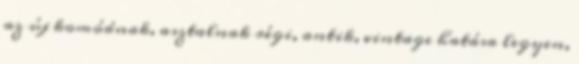
az új komódnak, asztalnak régi, antik, vintage hatása legyen,